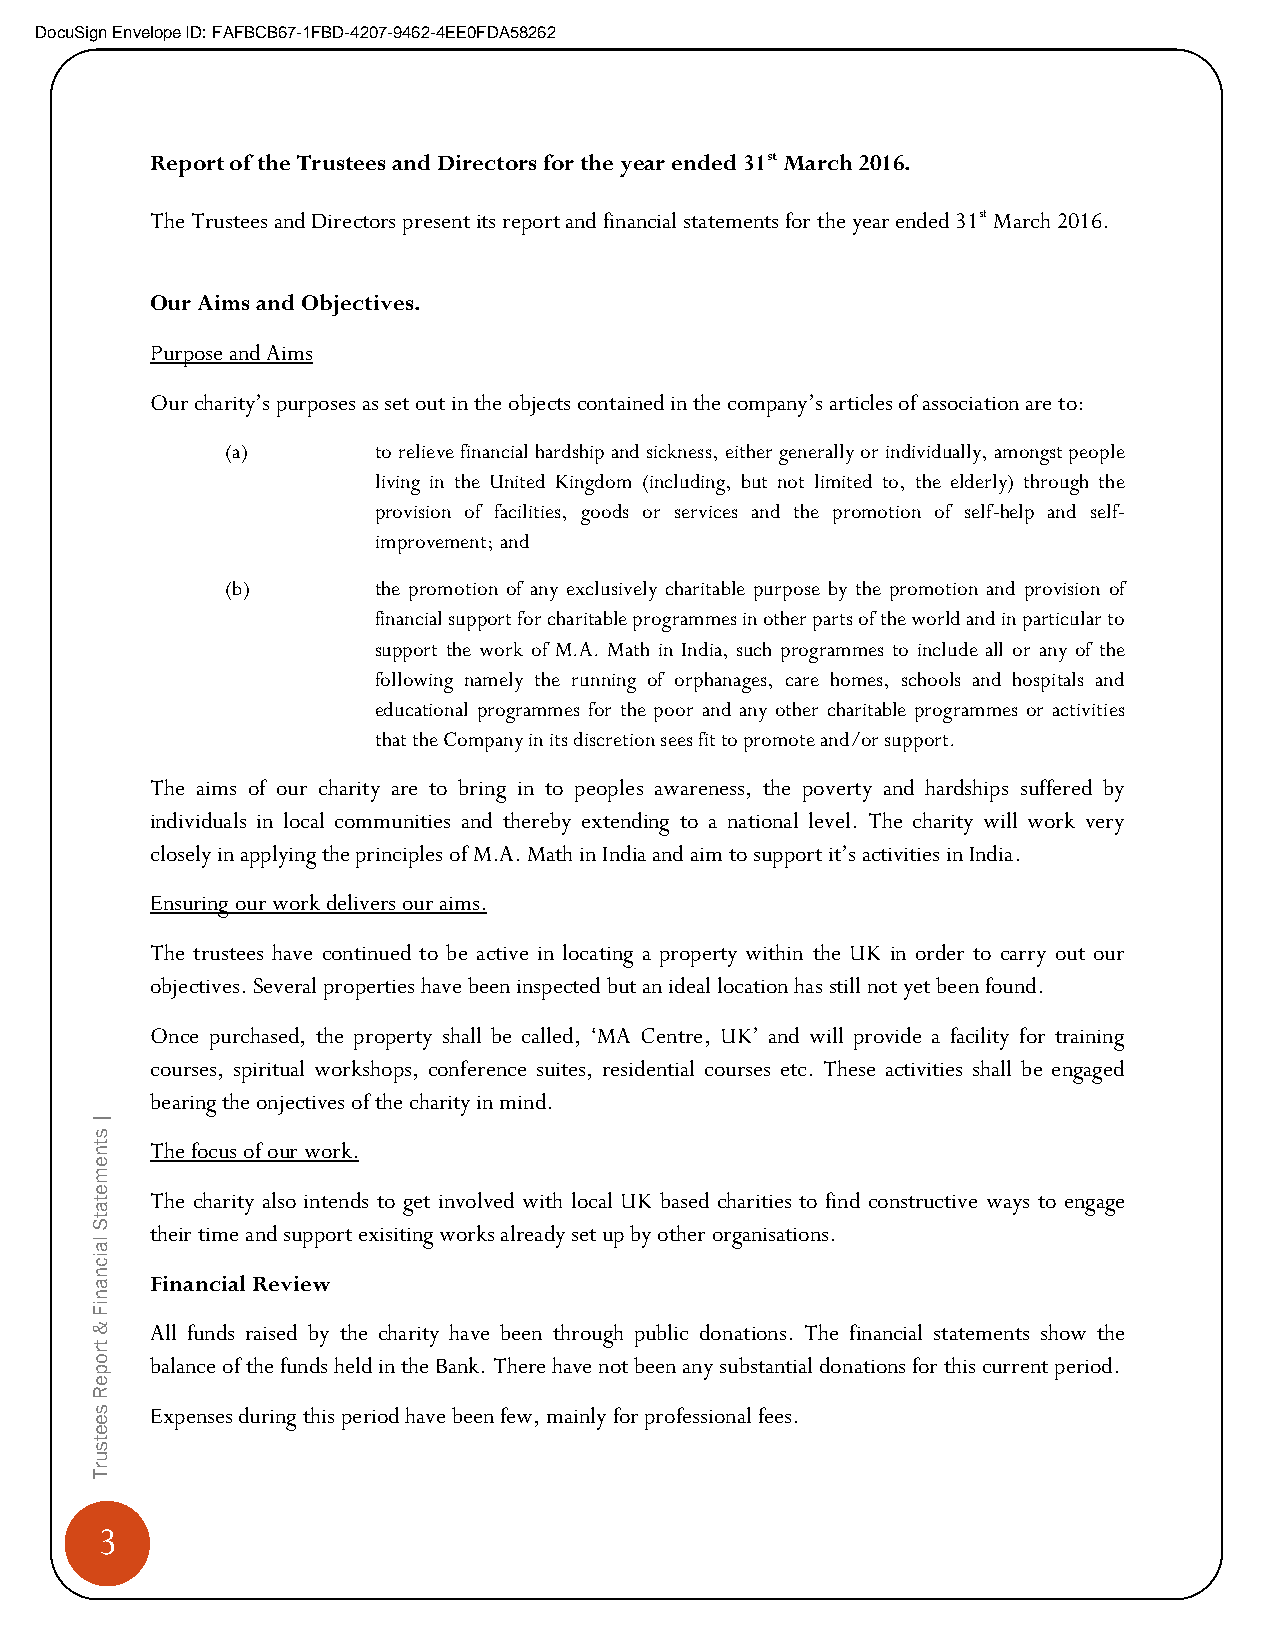
DocuSign Envelope ID: FAFBCB67-1FBD-4207-9462-4EE0FDA58262
 Report of the Trustees and Directors for the year ended 31st March 2016.
 The Trustees and Directors present its report and financial statements for the year ended 31st March 2016.
 Our Aims and Objectives.
 Purpose and Aims
 Our charity’s purposes as set out in the objects contained in the company’s articles of association are to:
 (a)       to relieve financial hardship and sickness, either generally or individually, amongst people
 living in the United Kingdom (including, but not limited to, the elderly) through the
 provision of facilities, goods or services and the promotion of self-help and self-
 improvement; and
 (b)       the promotion of any exclusively charitable purpose by the promotion and provision of
 financial support for charitable programmes in other parts of the world and in particular to
 support the work of M.A. Math in India, such programmes to include all or any of the
 following namely the running of orphanages, care homes, schools and hospitals and
 educational programmes for the poor and any other charitable programmes or activities
 that the Company in its discretion sees fit to promote and/or support.
 The aims of our charity are to bring in to peoples awareness, the poverty and hardships suffered by
 individuals in local communities and thereby extending to a national level. The charity will work very
 closely in applying the principles of M.A. Math in India and aim to support it’s activities in India.
 Ensuring our work delivers our aims.
 The trustees have continued to be active in locating a property within the UK in order to carry out our
 objectives. Several properties have been inspected but an ideal location has still not yet been found.
 Once purchased, the property shall be called, ‘MA Centre, UK’ and will provide a facility for training
 courses, spiritual workshops, conference suites, residential courses etc. These activities shall be engaged
 |
 bearing the onjectives of the charity in mind.
 s
 t n The focus of our work.
 e
 m
 e
 t   The charity also intends to get involved with local UK based charities to find constructive ways to engage
 a
 t
 S   their time and support exisiting works already set up by other organisations.
 la
 ic
 n
 a   Financial Review
 n
 iF
 &   All funds raised by the charity have been through public donations. The financial statements show the
 tr
 o   balance of the funds held in the Bank. There have not been any substantial donations for this current period.
 p
 e
 R
 s   Expenses during this period have been few, mainly for professional fees.
 e
 e
 t
 s
 u
 r
 T
 3